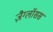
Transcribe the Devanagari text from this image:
ज़ैग्लॉसस